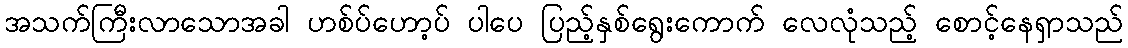
အသက်ကြီးလာသောအခါ ဟစ်ပ်ဟော့ပ် ပါပေ ပြည့်နှစ်ရွေးကောက် လေလုံသည့် စောင့်နေရှာသည်